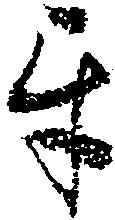
互